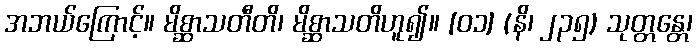
အဘယ်ကြောင့်။ မိစ္ဆာသတီတိ၊ မိစ္ဆာသတိဟူ၍။ [၀၁] (နိ၊ ၂၃၅) သုတ္တန္တေ၊